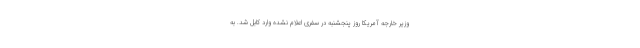
وزیر خارجه آمریکا روز پنجشنبه در سفری اعلام نشده وارد کابل شد. به